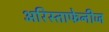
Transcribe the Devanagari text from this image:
अरिस्ताफेनीज